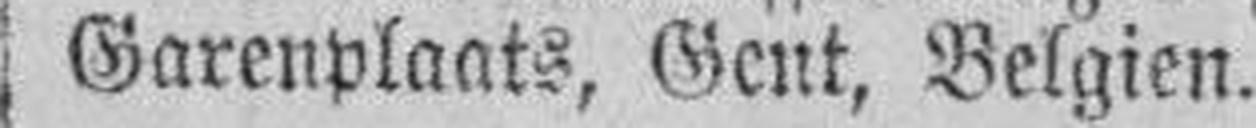
Garenplaats, Gent, Belgien.